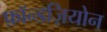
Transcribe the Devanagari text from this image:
फ़ॉन्डज़ियोन